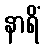
နာရိံ